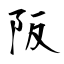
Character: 阪